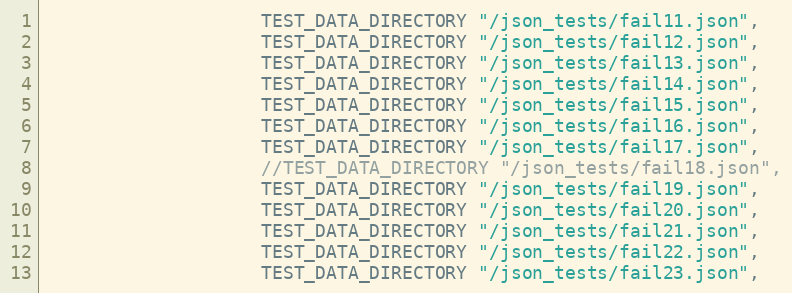
Language: C++
                    TEST_DATA_DIRECTORY "/json_tests/fail11.json",
                    TEST_DATA_DIRECTORY "/json_tests/fail12.json",
                    TEST_DATA_DIRECTORY "/json_tests/fail13.json",
                    TEST_DATA_DIRECTORY "/json_tests/fail14.json",
                    TEST_DATA_DIRECTORY "/json_tests/fail15.json",
                    TEST_DATA_DIRECTORY "/json_tests/fail16.json",
                    TEST_DATA_DIRECTORY "/json_tests/fail17.json",
                    //TEST_DATA_DIRECTORY "/json_tests/fail18.json",
                    TEST_DATA_DIRECTORY "/json_tests/fail19.json",
                    TEST_DATA_DIRECTORY "/json_tests/fail20.json",
                    TEST_DATA_DIRECTORY "/json_tests/fail21.json",
                    TEST_DATA_DIRECTORY "/json_tests/fail22.json",
                    TEST_DATA_DIRECTORY "/json_tests/fail23.json",